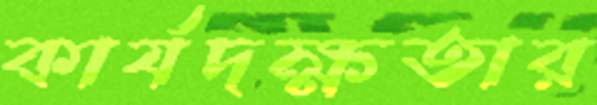
কার্যদক্ষতার